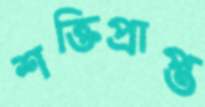
শক্তিপ্রাপ্ত